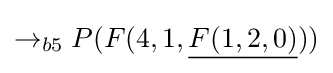
\rightarrow _{b5}P(F(4,1,{\underline {F(1,2,0)}}))